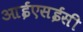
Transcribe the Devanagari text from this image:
आईएसईसी